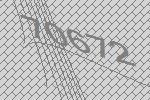
70672